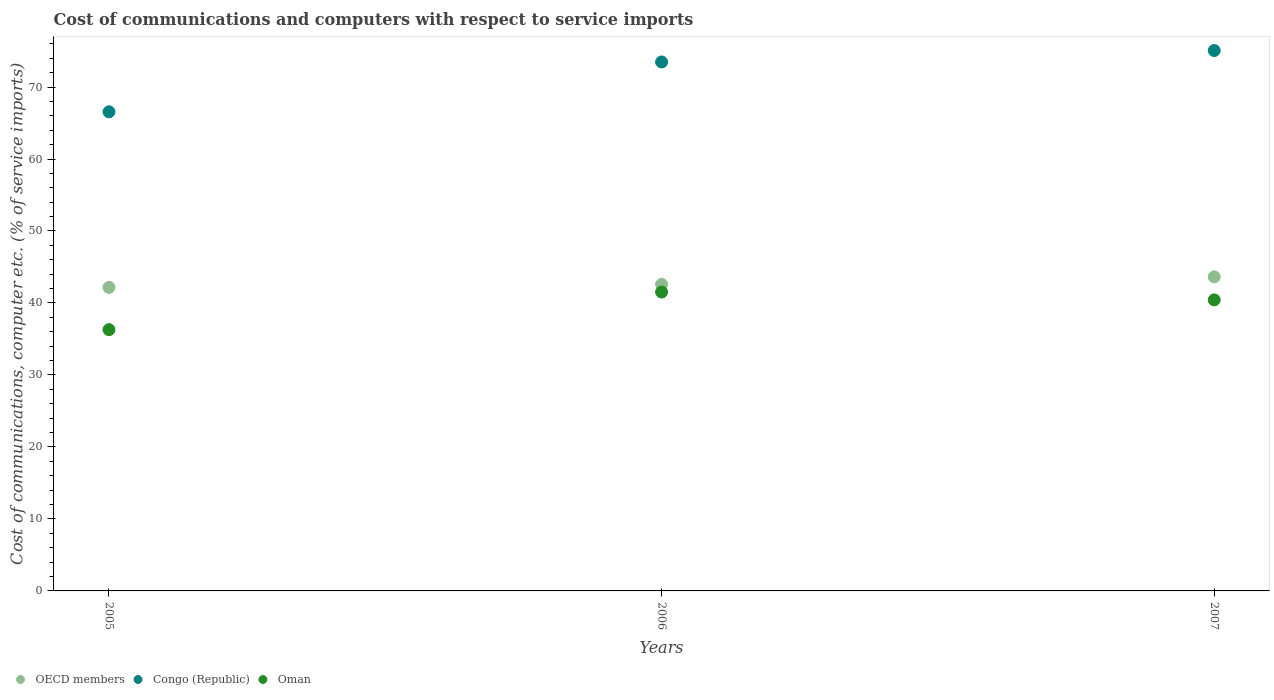
| Years | OECD members | Congo (Republic) | Oman |
 | --- | --- | --- | --- |
 | 2005 | 42.2 | 66.6 | 36.3 |
 | 2006 | 42.6 | 73.5 | 41.5 |
 | 2007 | 43.6 | 75.1 | 40.4 |